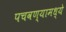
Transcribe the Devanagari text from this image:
पचवण्यामध्ये